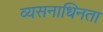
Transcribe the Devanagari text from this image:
व्यसनाधिनता